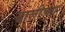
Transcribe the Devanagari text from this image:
ढालीच्या